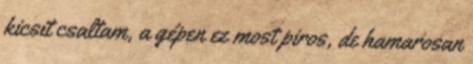
kicsit csaltam, a gépen ez most piros, de hamarosan